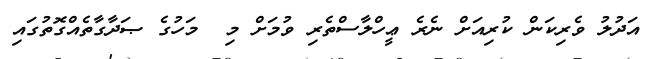
އަދުލު ވެރިކަން ކުރިއަށް ނެރެ ޢީހްލާސްތެެރި ވުމަށް މި  މަހުގެ ޞަދާގާތެއްގޮތުގައި